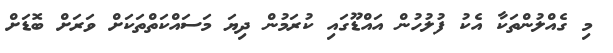
މި ގެއްލުންތަކާ އެކު ފުލުހުން އައްޑޫގައި ކުރަމުން ދިޔަ މަސައްކަތްތަކަށް ވަރަށް ބޮޑަށް